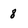
Character: 8